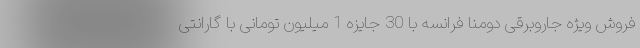
فروش ویژه جاروبرقی دومنا فرانسه با 30 جایزه 1 میلیون تومانی با گارانتی